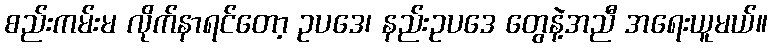
စည်းကမ်းမ လိုက်နာရင်တော့ ဥပဒေ၊ နည်းဥပဒေ တွေနဲ့အညီ အရေးယူမယ်။